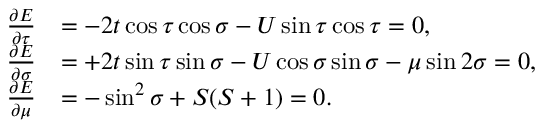
\begin{array} { r l } { \frac { \partial E } { \partial \tau } } & { = - 2 t \cos \tau \cos \sigma - U \sin \tau \cos \tau = 0 , } \\ { \frac { \partial E } { \partial \sigma } } & { = + 2 t \sin \tau \sin \sigma - U \cos \sigma \sin \sigma - \mu \sin 2 \sigma = 0 , } \\ { \frac { \partial E } { \partial \mu } } & { = - \sin ^ { 2 } \sigma + S ( S + 1 ) = 0 . } \end{array}